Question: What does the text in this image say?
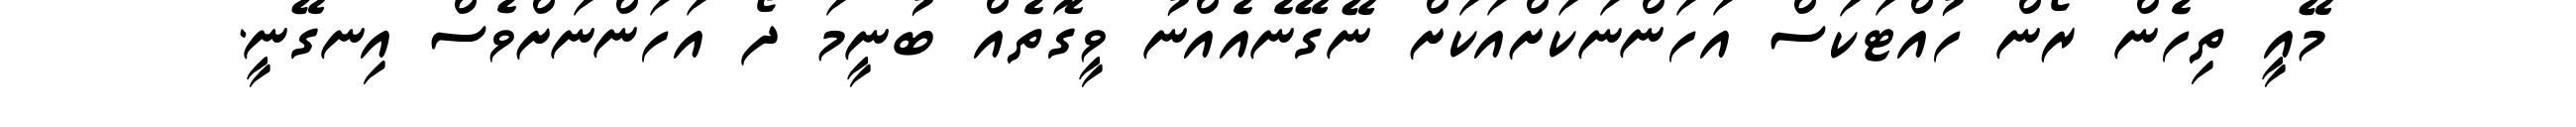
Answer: މޭއީ ތިހެން ރޯން ހުއްޓަކަސް އަހަންނަކަށްއަކަށް ނޭގޭނެއެއްނު ވީގޮތެއް ބުނީމަ ދޯ އަހަންނަށްވެސް އިނގޭނީ.